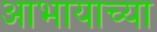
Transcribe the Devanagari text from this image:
आभायाच्या